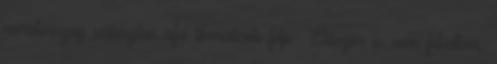
nemetorszag valasztas afd liberalisok fdp Először is nem felvettem,